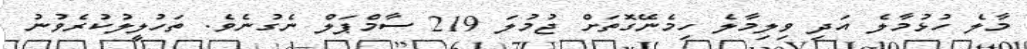
މާލެ ހުޅުމާލެ އަދި ވިލިމާލެ ހިމެނޭގޮތަށް ޖުމުލަ 219 ސާމްޕަލް ނެގުނެވެ. ތަހުލީލުކުރެވުނު